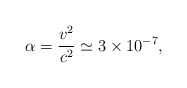
\begin{align*}\alpha=\frac{v^2}{c^2}\simeq 3\times 10^{-7} ,\end{align*}